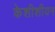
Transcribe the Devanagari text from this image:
केशीशीयन